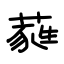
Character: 蕤